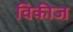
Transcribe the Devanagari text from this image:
विकीज